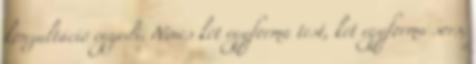
konzultáció egyedi. Nincs két egyforma test, két egyforma sors,